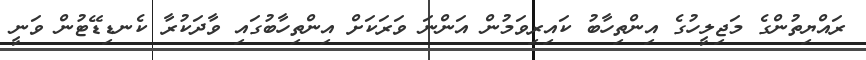
ރައްޔިތުންގެ މަޖިލީހުގެ އިންތިހާބު ކައިރިވަމުން އަންނަ ވަރަކަށް އިންތިހާބުގައި ވާދަކުރާ ކެނޑިޑޭޓުން ވަނީ